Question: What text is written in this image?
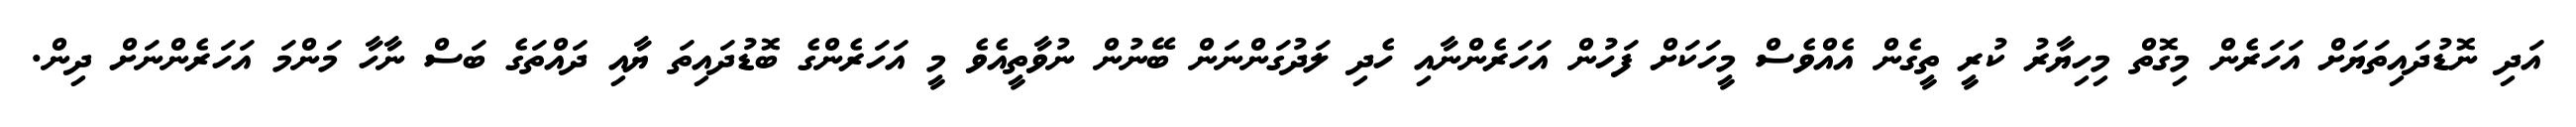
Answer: އަދި ނޮޑުދައިތަޔަށް އަހަރެން މިގޮތް މިހިޔާރު ކުރީ ތީގެން އެއްވެސް މީހަކަށް ފަހުން އަހަރެންނާއި ހެދި ލަދުގަންނަން ބޭނުން ނުވާތީއެވެ މީ އަހަރެންގެ ބޮޑުދައިތަ ޔާއި ދައްތަގެ ބަސް ނާހާ މަންމަ އަހަރެންނަށް ދިން.